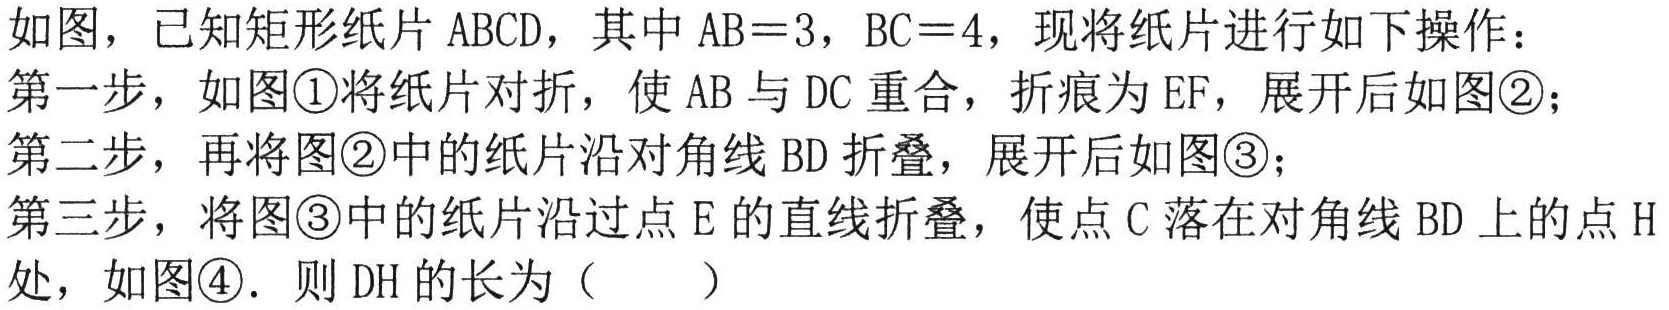
如图，已知矩形纸片 \(ABCD\)，其中 \(AB = 3\)，\(BC = 4\)，现将纸片进行如下操作：
第一步，如图\textcircled{1}将纸片对折，使 \(AB\) 与 \(DC\) 重合，折痕为 \(EF\)，展开后如图\textcircled{2}；
第二步，再将图\textcircled{2}中的纸片沿对角线 \(BD\) 折叠，展开后如图\textcircled{3}；
第三步，将图\textcircled{3}中的纸片沿过点 \(E\) 的直线折叠，使点 \(C\) 落在对角线 \(BD\) 上的点 \(H\) 处，如图\textcircled{4}. 则 \(DH\) 的长为（  ）